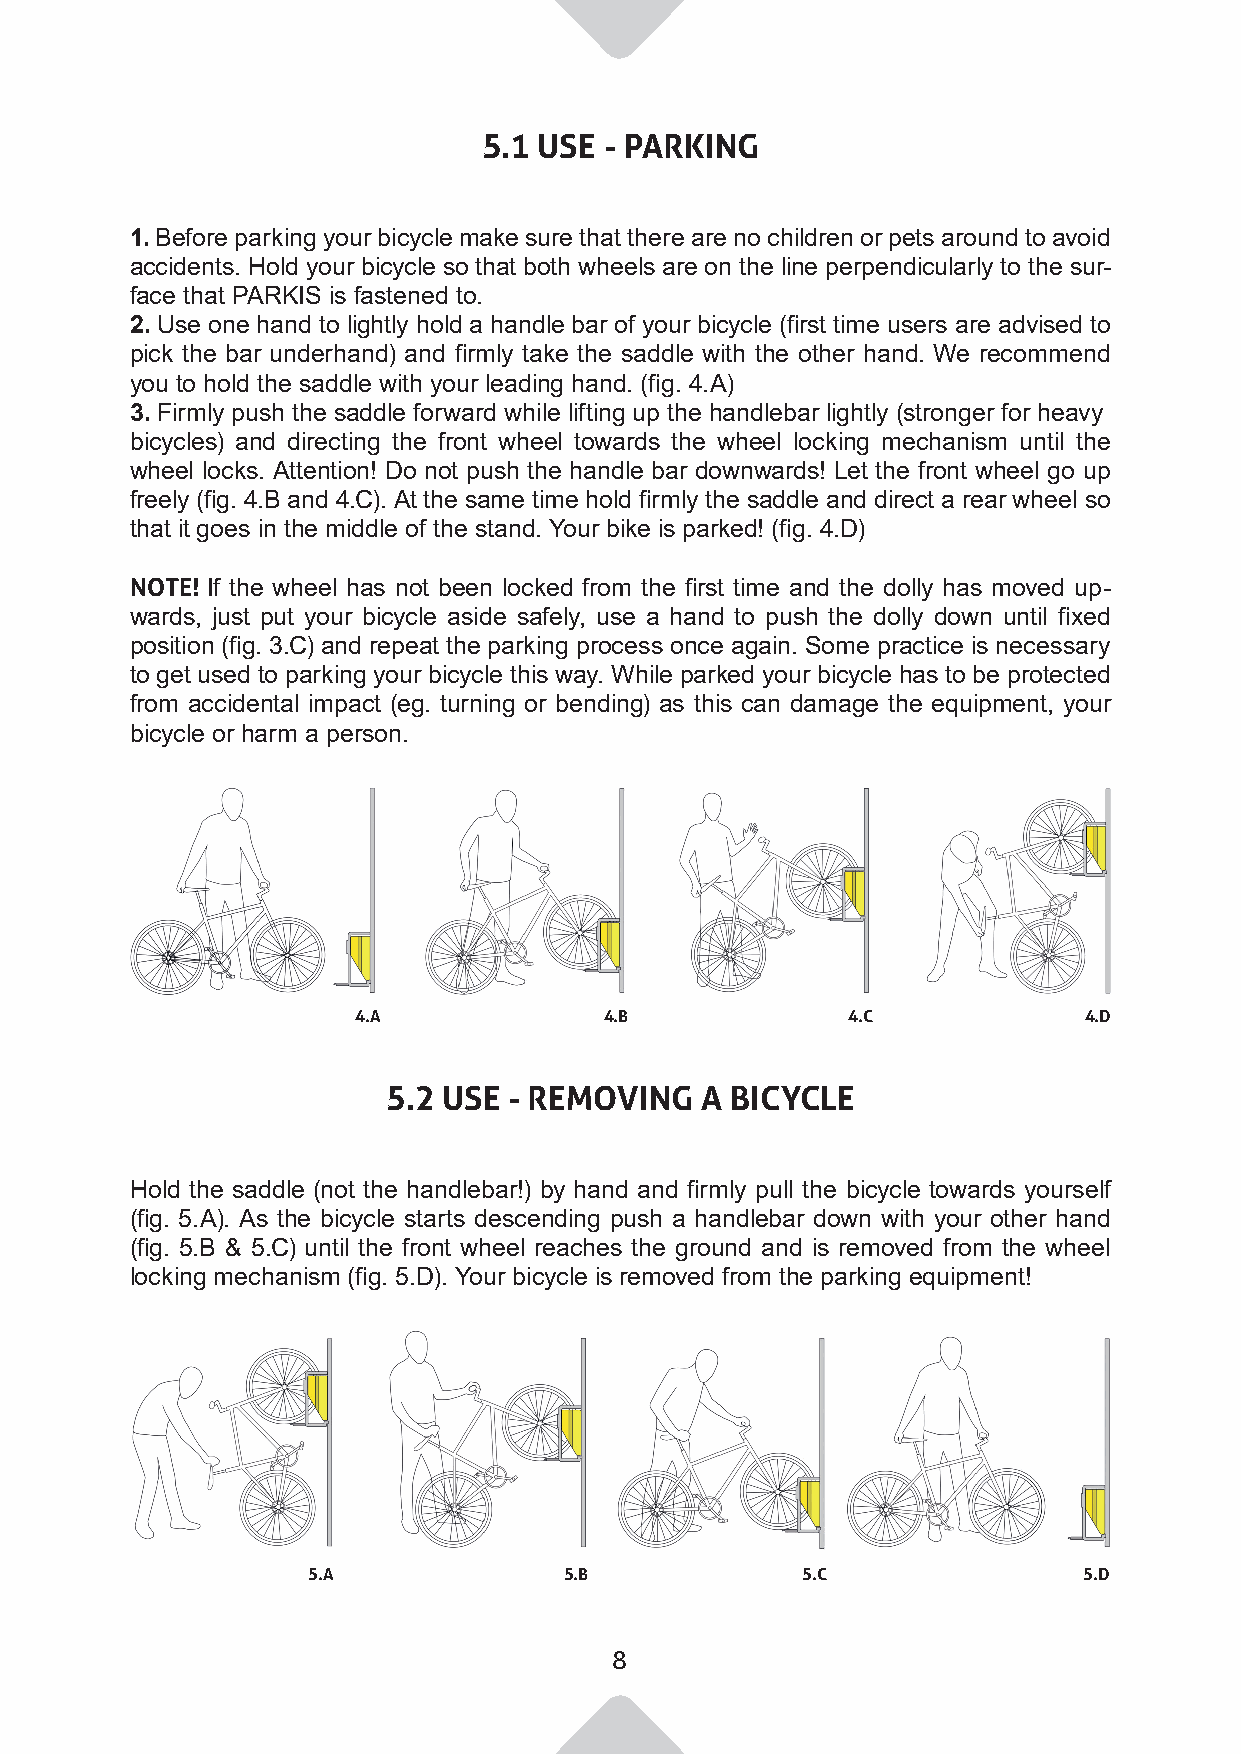
5.1 USE - PARKING
 1. Before parking your bicycle make sure that there are no children or pets around to avoid
 accidents. Hold your bicycle so that both wheels are on the line perpendicularly to the sur-
 face that PARKIS is fastened to.
 2. Use one hand to lightly hold a handle bar of your bicycle (first time users are advised to
 pick the bar underhand) and firmly take the saddle with the other hand. We recommend
 you to hold the saddle with your leading hand. (fig. 4.A)
 3. Firmly push the saddle forward while lifting up the handlebar lightly (stronger for heavy
 bicycles) and directing the front wheel towards the wheel locking mechanism until the
 wheel locks. Attention! Do not push the handle bar downwards! Let the front wheel go up
 freely (fig. 4.B and 4.C). At the same time hold firmly the saddle and direct a rear wheel so
 that it goes in the middle of the stand. Your bike is parked! (fig. 4.D)
 NOTE! If the wheel has not been locked from the first time and the dolly has moved up-
 wards, just put your bicycle aside safely, use a hand to push the dolly down until fixed
 position (fig. 3.C) and repeat the parking process once again. Some practice is necessary
 to get used to parking your bicycle this way. While parked your bicycle has to be protected
 from accidental impact (eg. turning or bending) as this can damage the equipment, your
 bicycle or harm a person.
 4.A              4.B             4.C             4.D
 5.2 USE - REMOVING  A BICYCLE
 Hold the saddle (not the handlebar!) by hand and firmly pull the bicycle towards yourself
 (fig. 5.A). As the bicycle starts descending push a handlebar down with your other hand
 (fig. 5.B & 5.C) until the front wheel reaches the ground and is removed from the wheel
 locking mechanism (fig. 5.D). Your bicycle is removed from the parking equipment!
 5.A              5.B             5.C                5.D
 8